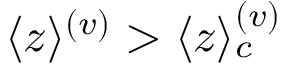
\langle z \rangle ^ { ( v ) } > \langle z \rangle _ { c } ^ { ( v ) }